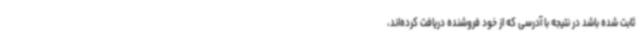
ثابت شده باشد در نتیجه با آدرسی که از خود فروشنده دریافت کرده‌اند،